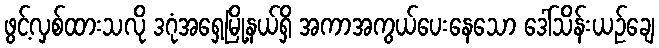
ဖွင့်လှစ်ထားသလို ဒဂုံအရှေ့မြို့နယ်ရှိ အကာအကွယ်ပေးနေသော ဒေါ်သိန်းယဉ်ချေ